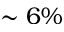
\sim 6 \%